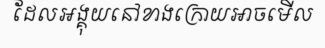
ដែលអង្គុយនៅខាងក្រោយអាចមើល